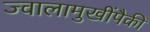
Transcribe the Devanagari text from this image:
ज्वालामुखींपैकी